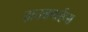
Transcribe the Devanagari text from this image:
हाउसवाईव्स